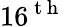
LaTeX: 16^{\mathrm{~t~h~}}